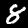
Digit: 8